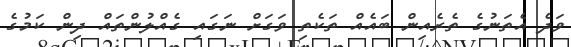
ވަދެ އެތަނުގެ ތެރެއިން ބައެއް ތަކެތި ވަގަށް ނަގައި ގެއްލުންތައް ދިން ކަމުގެ